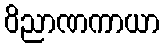
ဝိညာဏကာယာ